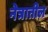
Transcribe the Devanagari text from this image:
नेत्रातील